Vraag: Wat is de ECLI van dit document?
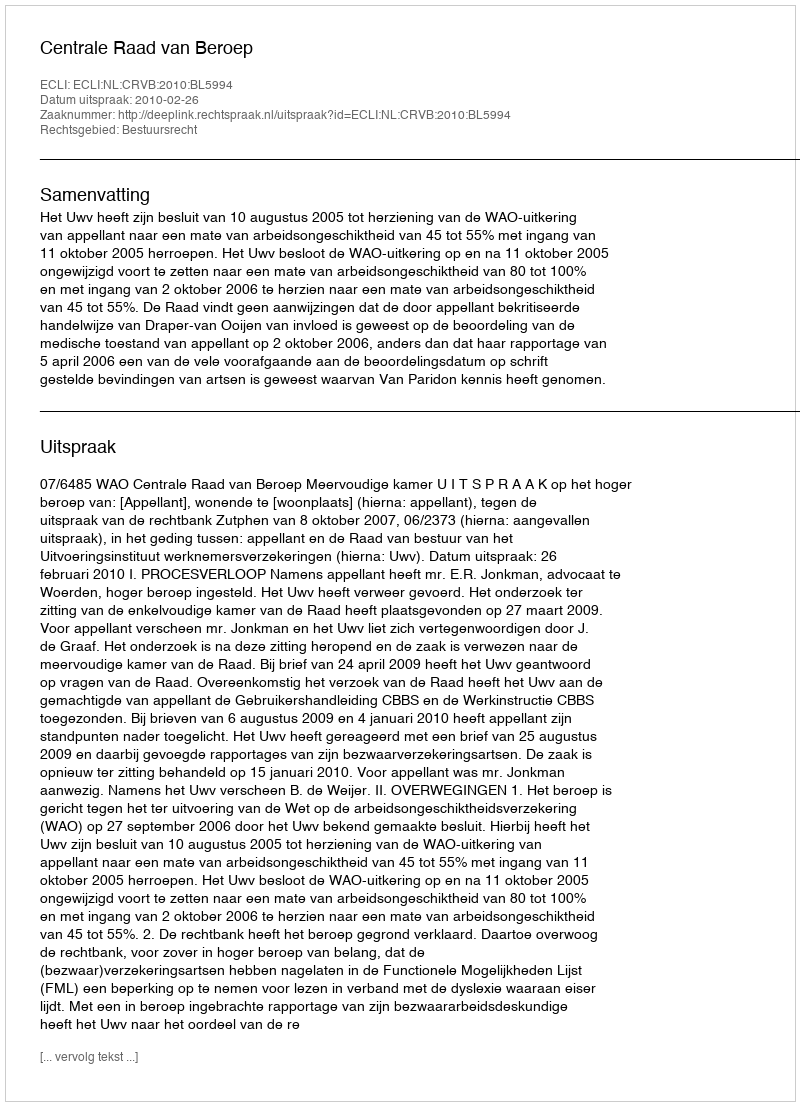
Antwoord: ECLI:NL:CRVB:2010:BL5994